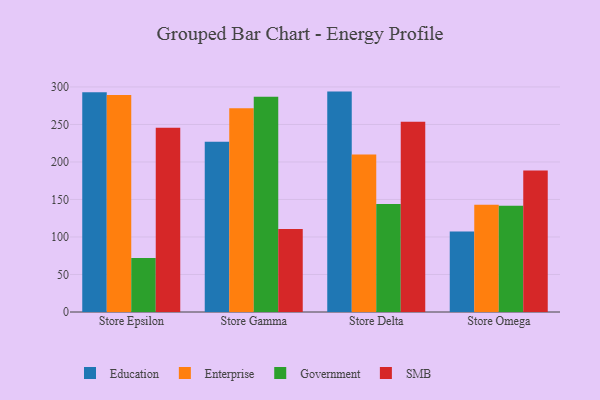
{"axis": {"x": "Store", "y": "Inventory Turnover"}, "legend": ["Education", "Enterprise", "Government", "SMB"], "data": [{"x": "Store Epsilon", "y": 292.8, "type": "Education"}, {"x": "Store Epsilon", "y": 289.2, "type": "Enterprise"}, {"x": "Store Epsilon", "y": 72.1, "type": "Government"}, {"x": "Store Epsilon", "y": 245.7, "type": "SMB"}, {"x": "Store Gamma", "y": 226.9, "type": "Education"}, {"x": "Store Gamma", "y": 271.6, "type": "Enterprise"}, {"x": "Store Gamma", "y": 287.1, "type": "Government"}, {"x": "Store Gamma", "y": 110.6, "type": "SMB"}, {"x": "Store Delta", "y": 293.8, "type": "Education"}, {"x": "Store Delta", "y": 209.8, "type": "Enterprise"}, {"x": "Store Delta", "y": 144.0, "type": "Government"}, {"x": "Store Delta", "y": 253.5, "type": "SMB"}, {"x": "Store Omega", "y": 107.2, "type": "Education"}, {"x": "Store Omega", "y": 143.0, "type": "Enterprise"}, {"x": "Store Omega", "y": 141.7, "type": "Government"}, {"x": "Store Omega", "y": 188.7, "type": "SMB"}]}